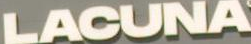
LACUNA